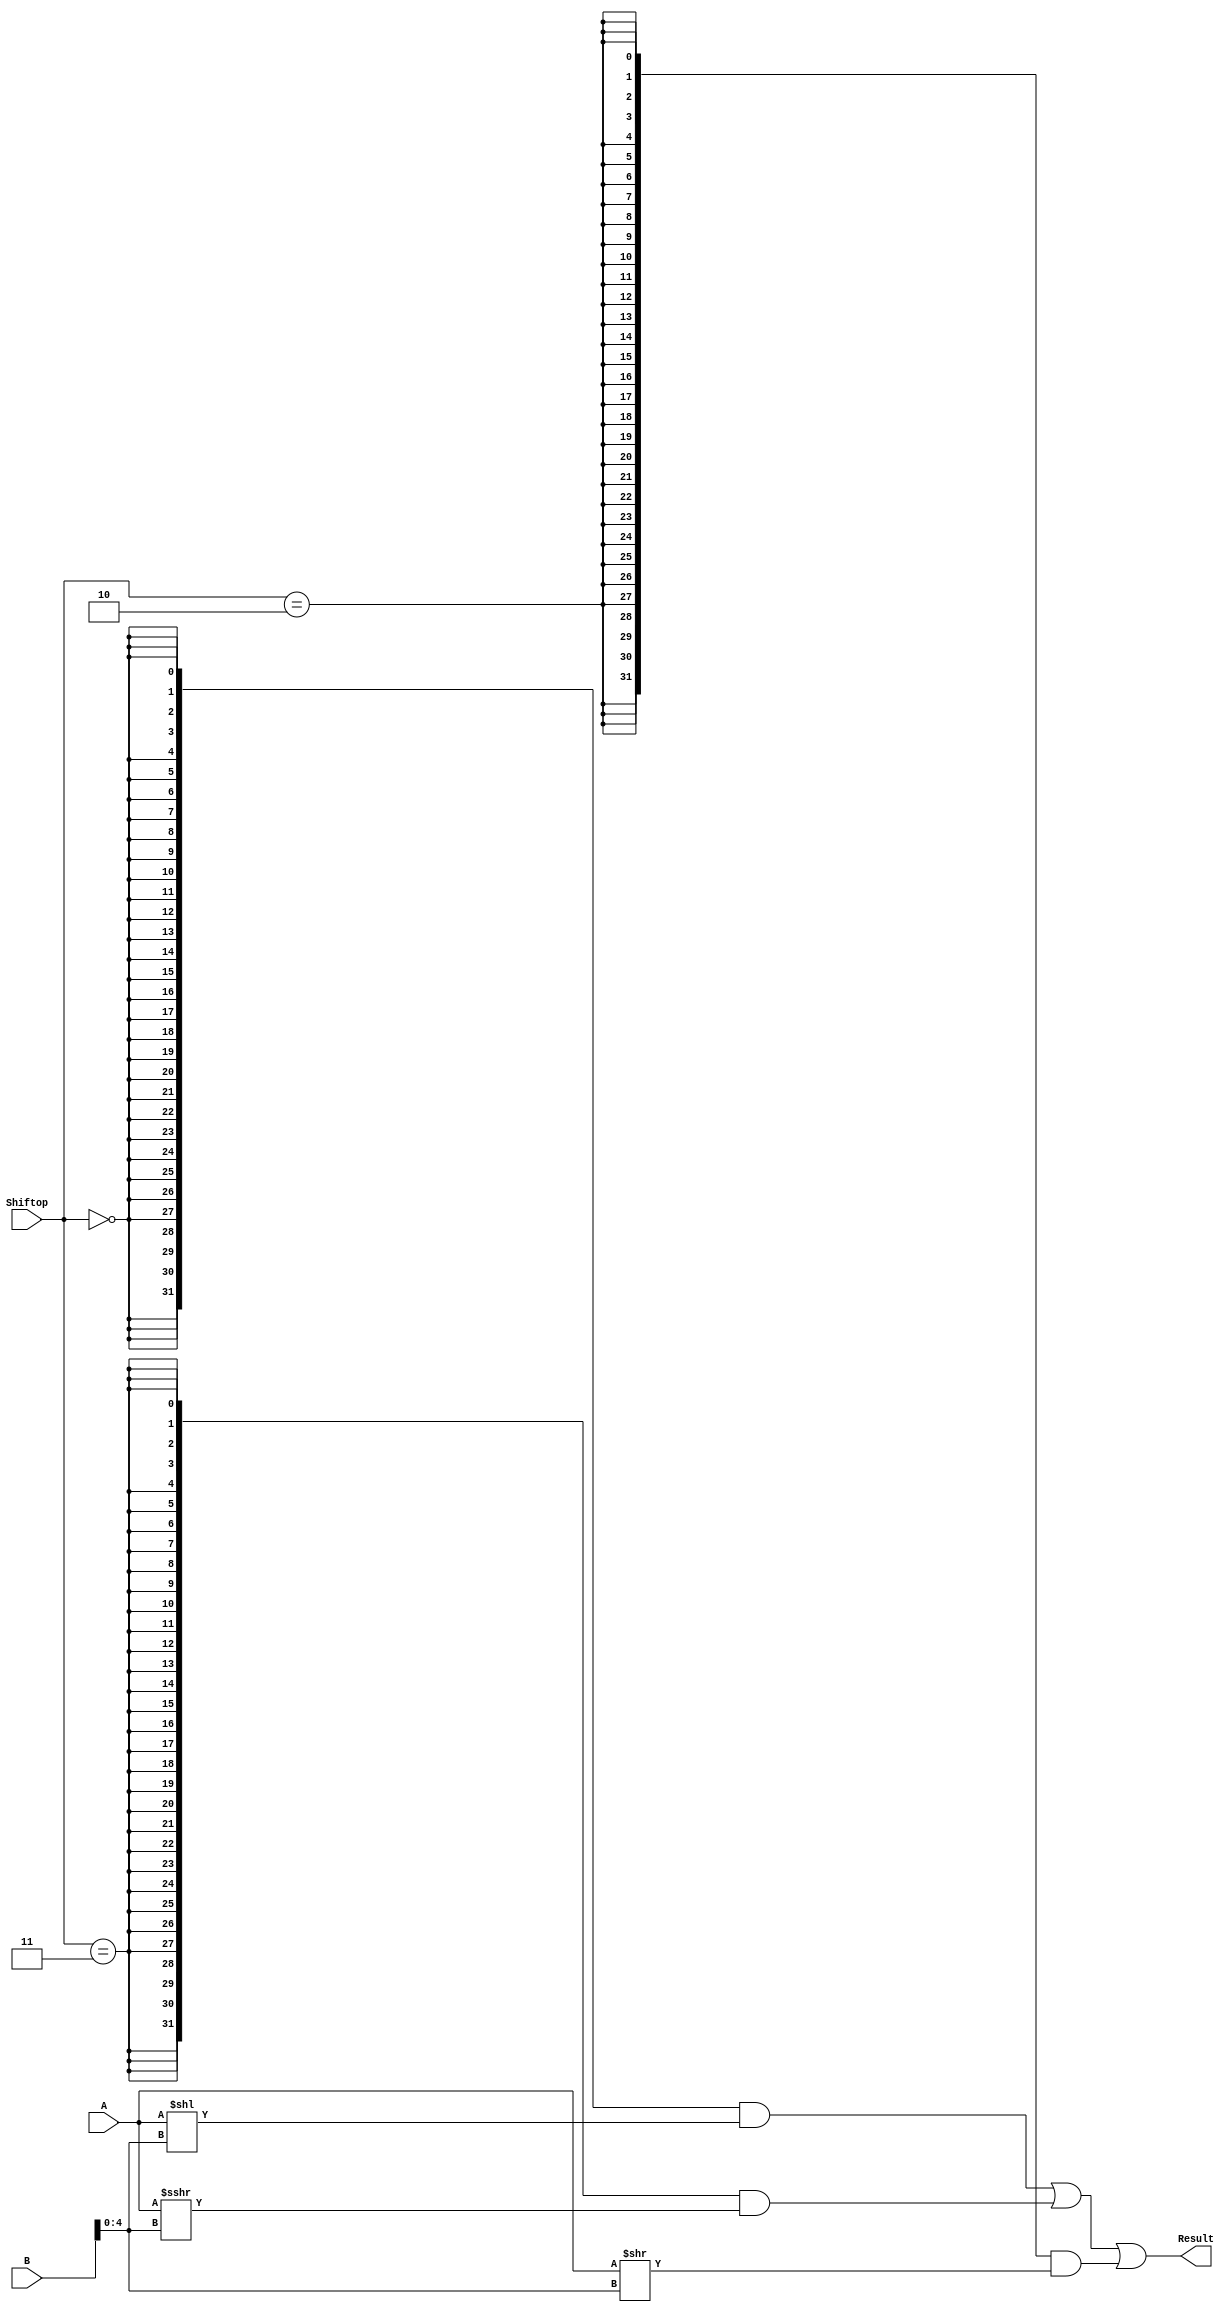
`timescale 10 ns / 1 ns

`define DATA_WIDTH 32

module shifter (
	input [`DATA_WIDTH - 1:0] A,
	input [`DATA_WIDTH - 1:0] B,
	input [1:0] Shiftop,
	output [`DATA_WIDTH - 1:0] Result
);

//define Shifterop operations: left shift; arithmatic right shift, logic right shift
parameter L = 2'b00,
           AR = 2'b11,
           LR = 2'b10;

//define intermediate reg
//results
wire [`DATA_WIDTH - 1:0] R_L;
wire [`DATA_WIDTH - 1:0] R_AR;
wire [`DATA_WIDTH - 1:0] R_LR;
//shift digits

assign R_L = A << B[4:0];
assign R_LR = A >> B[4:0];
assign R_AR = ($signed(A)) >>> B[4:0];

assign Result = ({`DATA_WIDTH{Shiftop == L}} & R_L) |
                ({`DATA_WIDTH{Shiftop == AR}} & R_AR) |
                ({`DATA_WIDTH{Shiftop == LR}} & R_LR);


endmodule